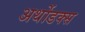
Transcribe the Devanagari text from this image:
अर्थोडक्स